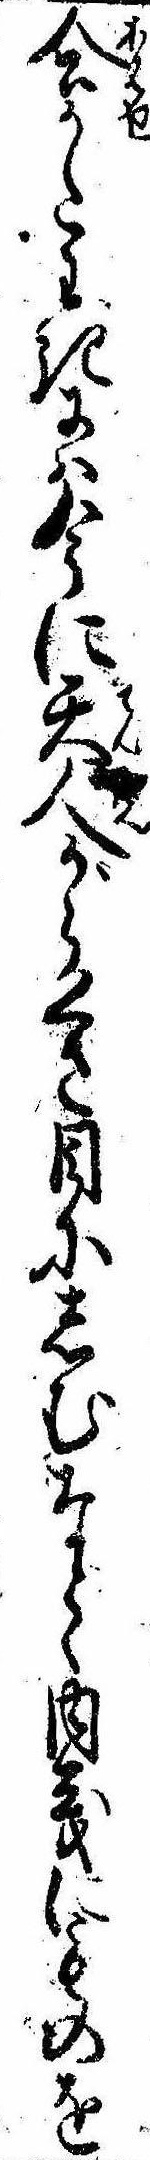
合かたわきには今に天人がらくさ目にしむなと〱内義にものを